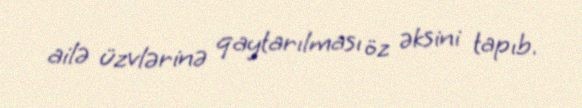
ailə üzvlərinə qaytarılması öz əksini tapıb.